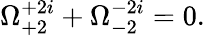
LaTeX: \Omega_{+2}^{+2i}+\Omega_{-2}^{-2i}=0.